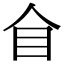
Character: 𥃦